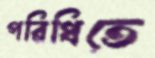
পরিধিতে